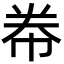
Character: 帣